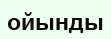
ойынды